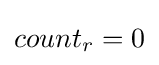
count_{r}=0